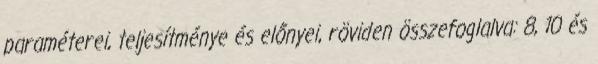
paraméterei, teljesítménye és előnyei, röviden összefoglalva: 8, 10 és